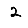
Digit: 2